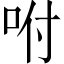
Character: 咐